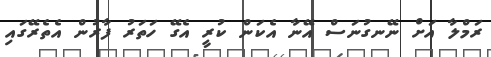
ރަމްލާ އަށް ނޭނގުނަސް އޭނާ އެކަން ކުރީ އެގޭ ހަތަރު ފާރުން އެތެރޭގައި